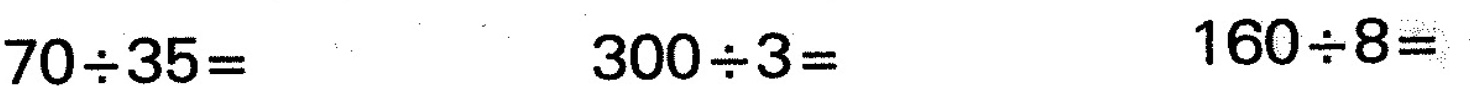
$$7 0 {\div}3 5